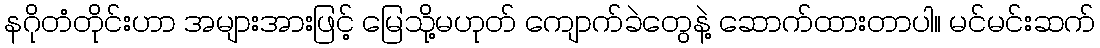
နဂိုတံတိုင်းဟာ အများအားဖြင့် မြေသို့မဟုတ် ကျောက်ခဲတွေနဲ့ ဆောက်ထားတာပါ။ မင်မင်းဆက်